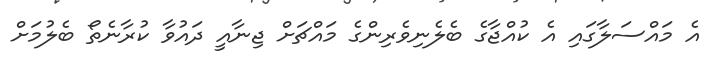
އެ މައްސަލާގައި އެ ކުއްޖާގެ ބެލެނިވެރިންގެ މައްޗަށް ޖިނާއީ ދައުވާ ކުރާނެތޯ ބެލުމަށް